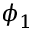
\phi _ { 1 }